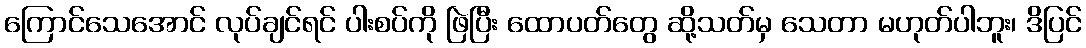
ကြောင်သေအောင် လုပ်ချင်ရင် ပါးစပ်ကို ဖြဲပြီး ထောပတ်တွေ ဆို့သတ်မှ သေတာ မဟုတ်ပါဘူး၊ ဒိပြင်